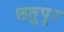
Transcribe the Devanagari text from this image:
छतुपुर